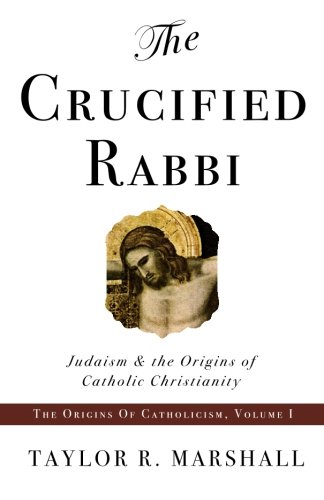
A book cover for The Crucified Rabbi: Judaism and the Origins of Catholic Christianity (Origins of Catholic Christianity Trilogy); Taylor Marshall; Religion & Spirituality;